Punjab Mental Hospital Lahore 1922-31 - 1922-1931
Year: 1922
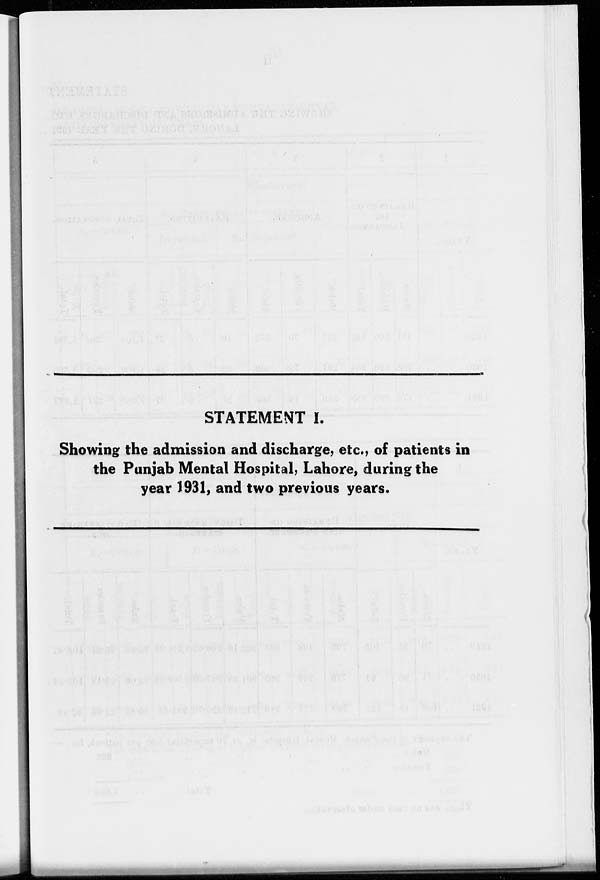
STATEMENT I.
Showing the admission and discharge, etc., of patients in
the Punjab Mental Hospital, Lahore, during the
year 1931, and two previous years.